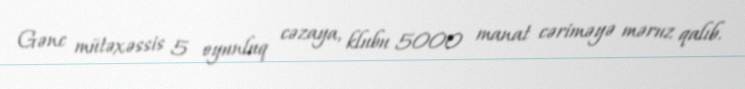
Gənc mütəxəssis 5 oyunluq cəzaya, klubu 5000 manat cəriməyə məruz qalıb.